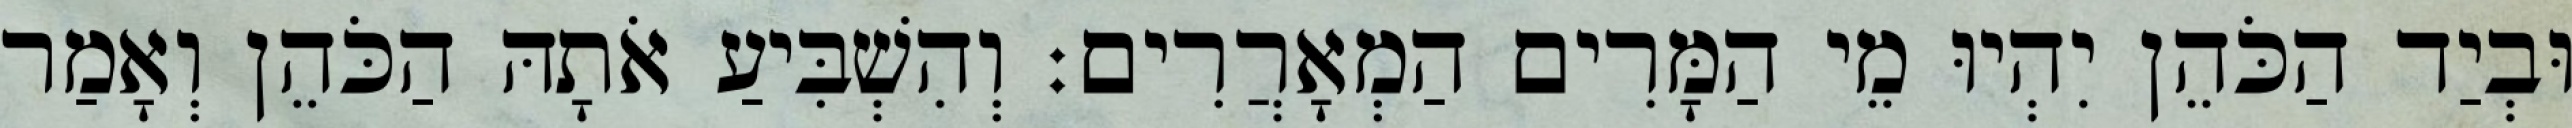
וּבְיַד הַכֹּהֵן יִהְיוּ מֵי הַמָּרִים הַמְאָרֲרִים׃ וְהִשְׁבִּיעַ אֹתָהּ הַכֹּהֵן וְאָמַר